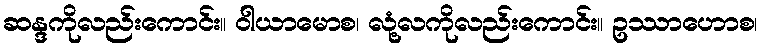
ဆန္ဒကိုလည်းကောင်း။ ဝါယာမောစ၊ လုံ့လကိုလည်းကောင်း။ ဥဿာဟောစ၊